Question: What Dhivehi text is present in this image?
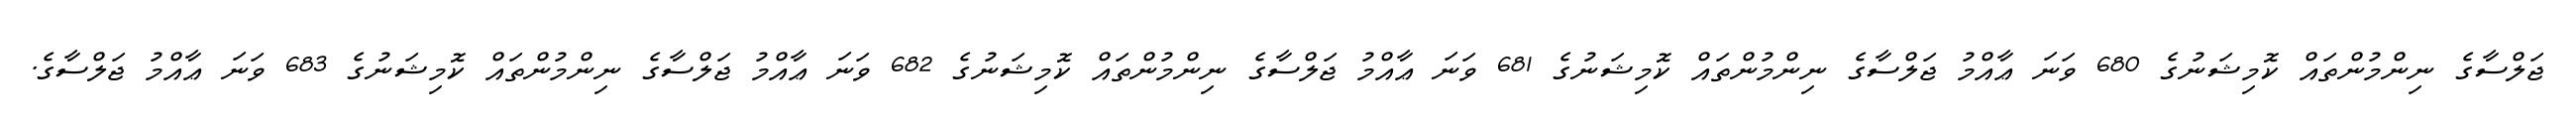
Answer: ޖަލްސާގެ ނިންމުންތައް ކޮމިޝަނުގެ 680 ވަނަ ޢާއްމު ޖަލްސާގެ ނިންމުންތައް ކޮމިޝަނުގެ 681 ވަނަ ޢާއްމު ޖަލްސާގެ ނިންމުންތައް ކޮމިޝަނުގެ 682 ވަނަ ޢާއްމު ޖަލްސާގެ ނިންމުންތައް ކޮމިޝަނުގެ 683 ވަނަ ޢާއްމު ޖަލްސާގެ.